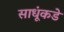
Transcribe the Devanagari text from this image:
साधूंकडे